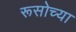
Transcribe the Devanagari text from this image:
रूसोच्या